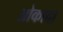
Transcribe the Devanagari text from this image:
ओकादा